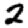
Digit: 2